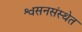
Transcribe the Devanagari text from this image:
श्वसनसंस्थेत